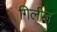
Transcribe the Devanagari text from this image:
गिलीज़